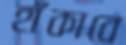
হাঁকাবে